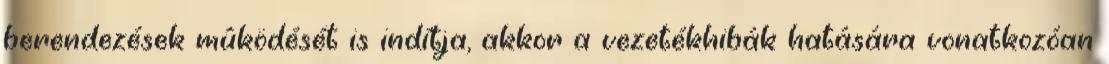
berendezések mûködését is indítja, akkor a vezetékhibák hatására vonatkozóan